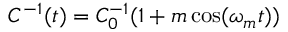
C ^ { - 1 } ( t ) = C _ { 0 } ^ { - 1 } ( 1 + m \cos ( \omega _ { m } t ) )